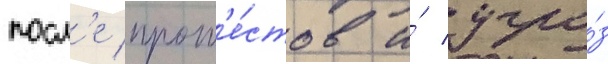
посл'е прот'е́стов и́ угро́з